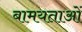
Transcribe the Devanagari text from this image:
बामयताओं